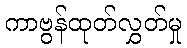
ကာဗွန်ထုတ်လွှတ်မှု